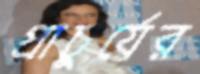
প্রাচুর্যের